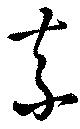
素